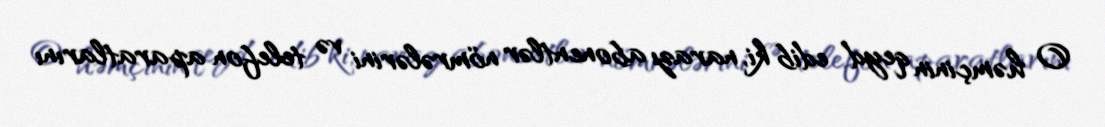
O həmçinin qeyd edib ki, narazı abonentlər nömrələrini və telefon aparatlarını